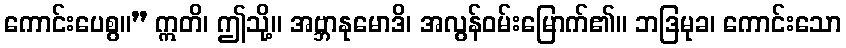
ကောင်းပေစွ။” ဣတိ၊ ဤသို့။ အဗ္ဘာနုမောဒိ၊ အလွန်ဝမ်းမြောက်၏။ ဘဒြမုခ၊ ကောင်းသော